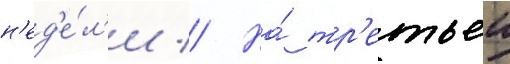
н'ед'е́л'и // На́ тр'етьеи